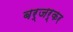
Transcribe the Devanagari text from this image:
बर्जर्कर